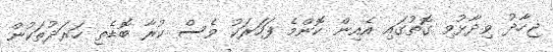
ޖިހާދު ވިދާޅުވި ގޮތުގައި އެއިން ކޮންމެ ފަހަރަކު ވެސް ކުރާ ބޮޑެތި ހަރަދުތަކުން